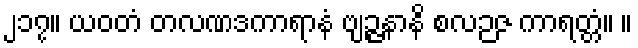
၂၁၇။ ယဝတံ တလဏဒကာရာနံ ဗျဉ္ဇနာနိ စလဉဇ ကာရတ္တံ။ ။